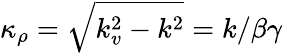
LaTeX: \kappa_{\rho}=\sqrt{k_{v}^{2}-k^{2}}=k/\beta\gamma